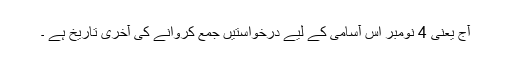
آج یعنی 4 نومبر اس آسامی کے لیے درخواستیں جمع کروانے کی آخری تاریخ ہے ۔